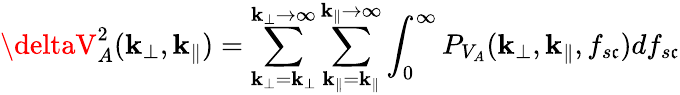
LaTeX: \deltaV_{A}^{2}(\mathbf{k}_{\perp},\mathbf{k}_{\parallel})=\sum_{\mathbf{k}_{\perp}=\mathbf{k}_{\perp}}^{\mathbf{k}_{\perp}\rightarrow\infty}\sum_{\mathbf{k}_{\parallel}=\mathbf{k}_{\parallel}}^{\mathbf{k}_{\parallel}\rightarrow\infty}\int_{0}^{\infty}P_{V_{A}}(\mathbf{k}_{\perp},\mathbf{k}_{\parallel},f_{s\mathfrak{c}})df_{s\mathfrak{c}}